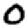
Digit: 0